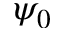
\psi _ { 0 }